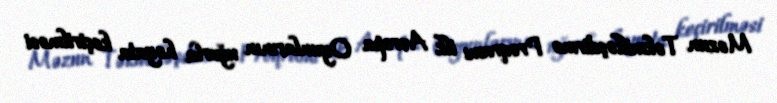
Məzun Təkmilləşdirmə Proqramı ilk Avropa Oyunlarının uğurla həyata keçirilməsi